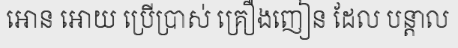
អោន អោយ ប្រើប្រាស់ គ្រឿងញៀន ដែល បន្តាល